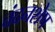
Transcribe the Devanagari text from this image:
चंदनशेष